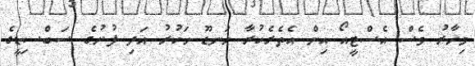
މިހާރު ވެސް އެސްޓީއޯ އިން އެތެރެކުރާ ހަނޑޫ ހަކުރު އަދި ފުށުގެ ސަބްސިޑީގެ